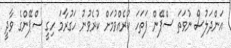
އަންދަލުސް ނުވަތަ ސްޕޭން ފަތަހަ ކުރެއްވުމަށް ކުރެވުނު ހަގުރާމަ ހިގީ ސްޕޭންގެ ވާދީ